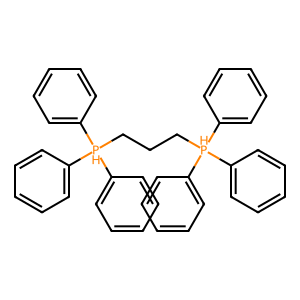
SMILES: c1ccc([PH](CCC[PH](c2ccccc2)(c2ccccc2)c2ccccc2)(c2ccccc2)c2ccccc2)cc1
Inhibits HIV replication: No